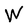
Character: W